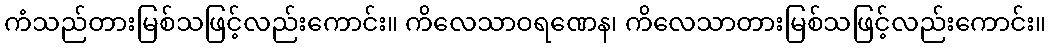
ကံသည်တားမြစ်သဖြင့်လည်းကောင်း။ ကိလေသာဝရဏေန၊ ကိလေသာတားမြစ်သဖြင့်လည်းကောင်း။